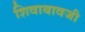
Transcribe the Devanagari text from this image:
शिवाबावजी